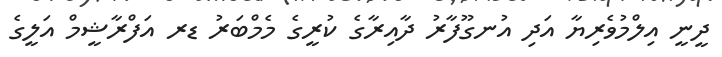
ދީނީ އިލްމުވެރިޔާ އަދި އުނގޫފާރު ދާއިރާގެ ކުރީގެ މެމްބަރު ޑރ އަފްރާޝީމް އަލީގެ